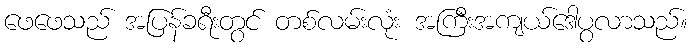
ဖေဖေသည် အပြန်ခရီးတွင် တစ်လမ်းလုံး အကြီးအကျယ်ဒေါပွလာသည်။